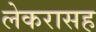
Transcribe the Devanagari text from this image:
लेकरासह